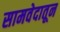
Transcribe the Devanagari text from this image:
सामवेदातून